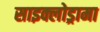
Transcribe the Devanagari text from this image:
साइक्लोड्रामा